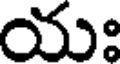
యః